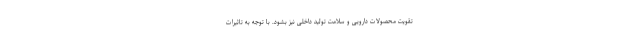
تقویت محصولات دارویی و سلامت تولید داخلی نیز بشود. با توجه به تاثیرات